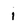
Character: i